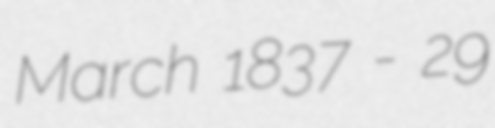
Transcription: March 1837 - 29